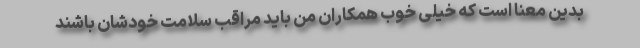
بدین معنا است که خیلی خوب همکاران من باید مراقب سلامت خودشان باشند